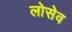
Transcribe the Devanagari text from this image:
लोसेव